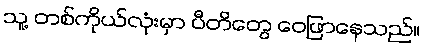
သူ့ တစ်ကိုယ်လုံးမှာ ပီတိတွေ ဝေဖြာနေသည်။